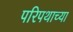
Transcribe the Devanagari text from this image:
परिपथाच्या